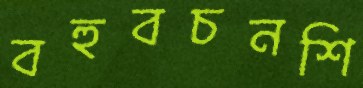
বহুবচনশি